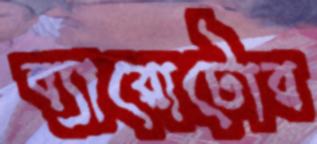
ব্যারোটোর